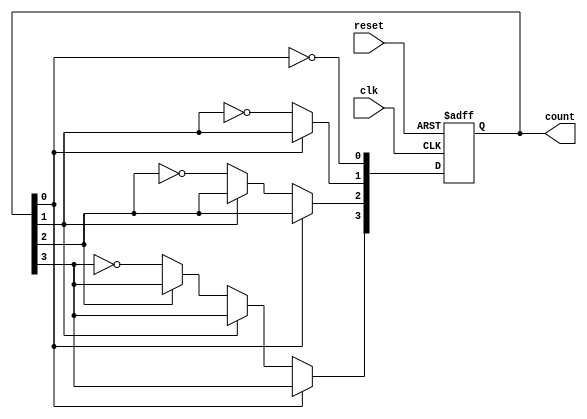
module async_ripple_counter (
    input wire clk,       // Clock input for the first flip-flop
    input wire reset,     // Asynchronous reset input
    output reg [3:0] count // 4-bit output count
);

// T Flip-Flop behavior
always @(posedge clk or posedge reset) begin
    if (reset) begin
        count <= 4'b0000; // Reset the counter to 0
    end else begin
        count[0] <= ~count[0]; // Toggle LSB
        if (count[0] == 1'b0) begin // If LSB goes from 1 to 0
            count[1] <= ~count[1]; // Toggle next flip-flop
            if (count[1] == 1'b0) begin // If second flip-flop goes from 1 to 0
                count[2] <= ~count[2]; // Toggle third flip-flop
                if (count[2] == 1'b0) begin // If third flip-flop goes from 1 to 0
                    count[3] <= ~count[3]; // Toggle MSB
                end
            end
        end
    end
end

endmodule